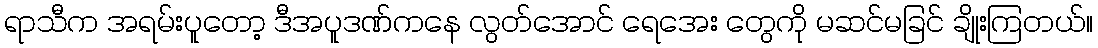
ရာသီက အရမ်းပူတော့ ဒီအပူဒဏ်ကနေ လွတ်အောင် ရေအေး တွေကို မဆင်မခြင် ချိုးကြတယ်။